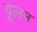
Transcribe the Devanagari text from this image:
यूलन